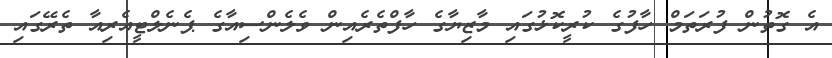
އެ ގޮތުން ފުރަތަމް ހާފުގެ ކުރީކޮޅުގައި މާޒިޔާގެ ހާފްތެރެއިން ވެލެންސިއާގެ ޕެނެލްޓީއެރިއާ ތެރޭގައި